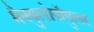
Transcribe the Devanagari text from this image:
मैक्युलोपॉपुलर